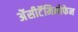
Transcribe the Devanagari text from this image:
ॲेसीटॅमिनोफेन